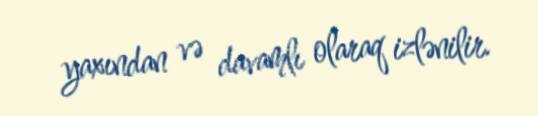
yaxından və davamlı olaraq izlənilir.